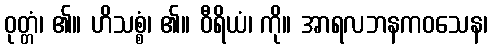
ဝုတ္တံ၊ ၏။ ဟိသစ္စံ၊ ၏။ ဝီရိယံ၊ ကို။ အာရလဘနကဝသေန၊